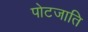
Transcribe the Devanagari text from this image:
पोटजाति